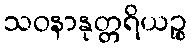
သဝနာနုတ္တရိယဉ္စ